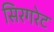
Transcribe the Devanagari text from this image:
सिरगरेट